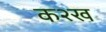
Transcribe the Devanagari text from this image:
क२ख